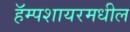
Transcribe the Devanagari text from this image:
हॅम्पशायरमधील